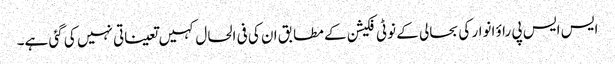
ایس ایس پی راؤ انوار کی بحالی کے نوٹی فکیشن کے مطابق ان کی فی الحال کہیں تعیناتی نہیں کی گئی ہے۔